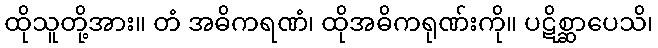
ထိုသူတို့အား။ တံ အဓိကရဏံ၊ ထိုအဓိကရုဏ်းကို။ ပဋိစ္ဆာပေသိ၊